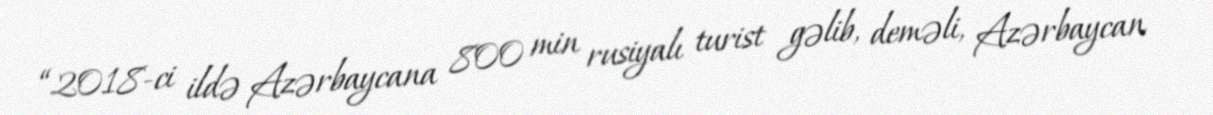
“2018-ci ildə Azərbaycana 800 min rusiyalı turist gəlib, deməli, Azərbaycan